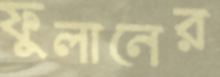
ফুলানের